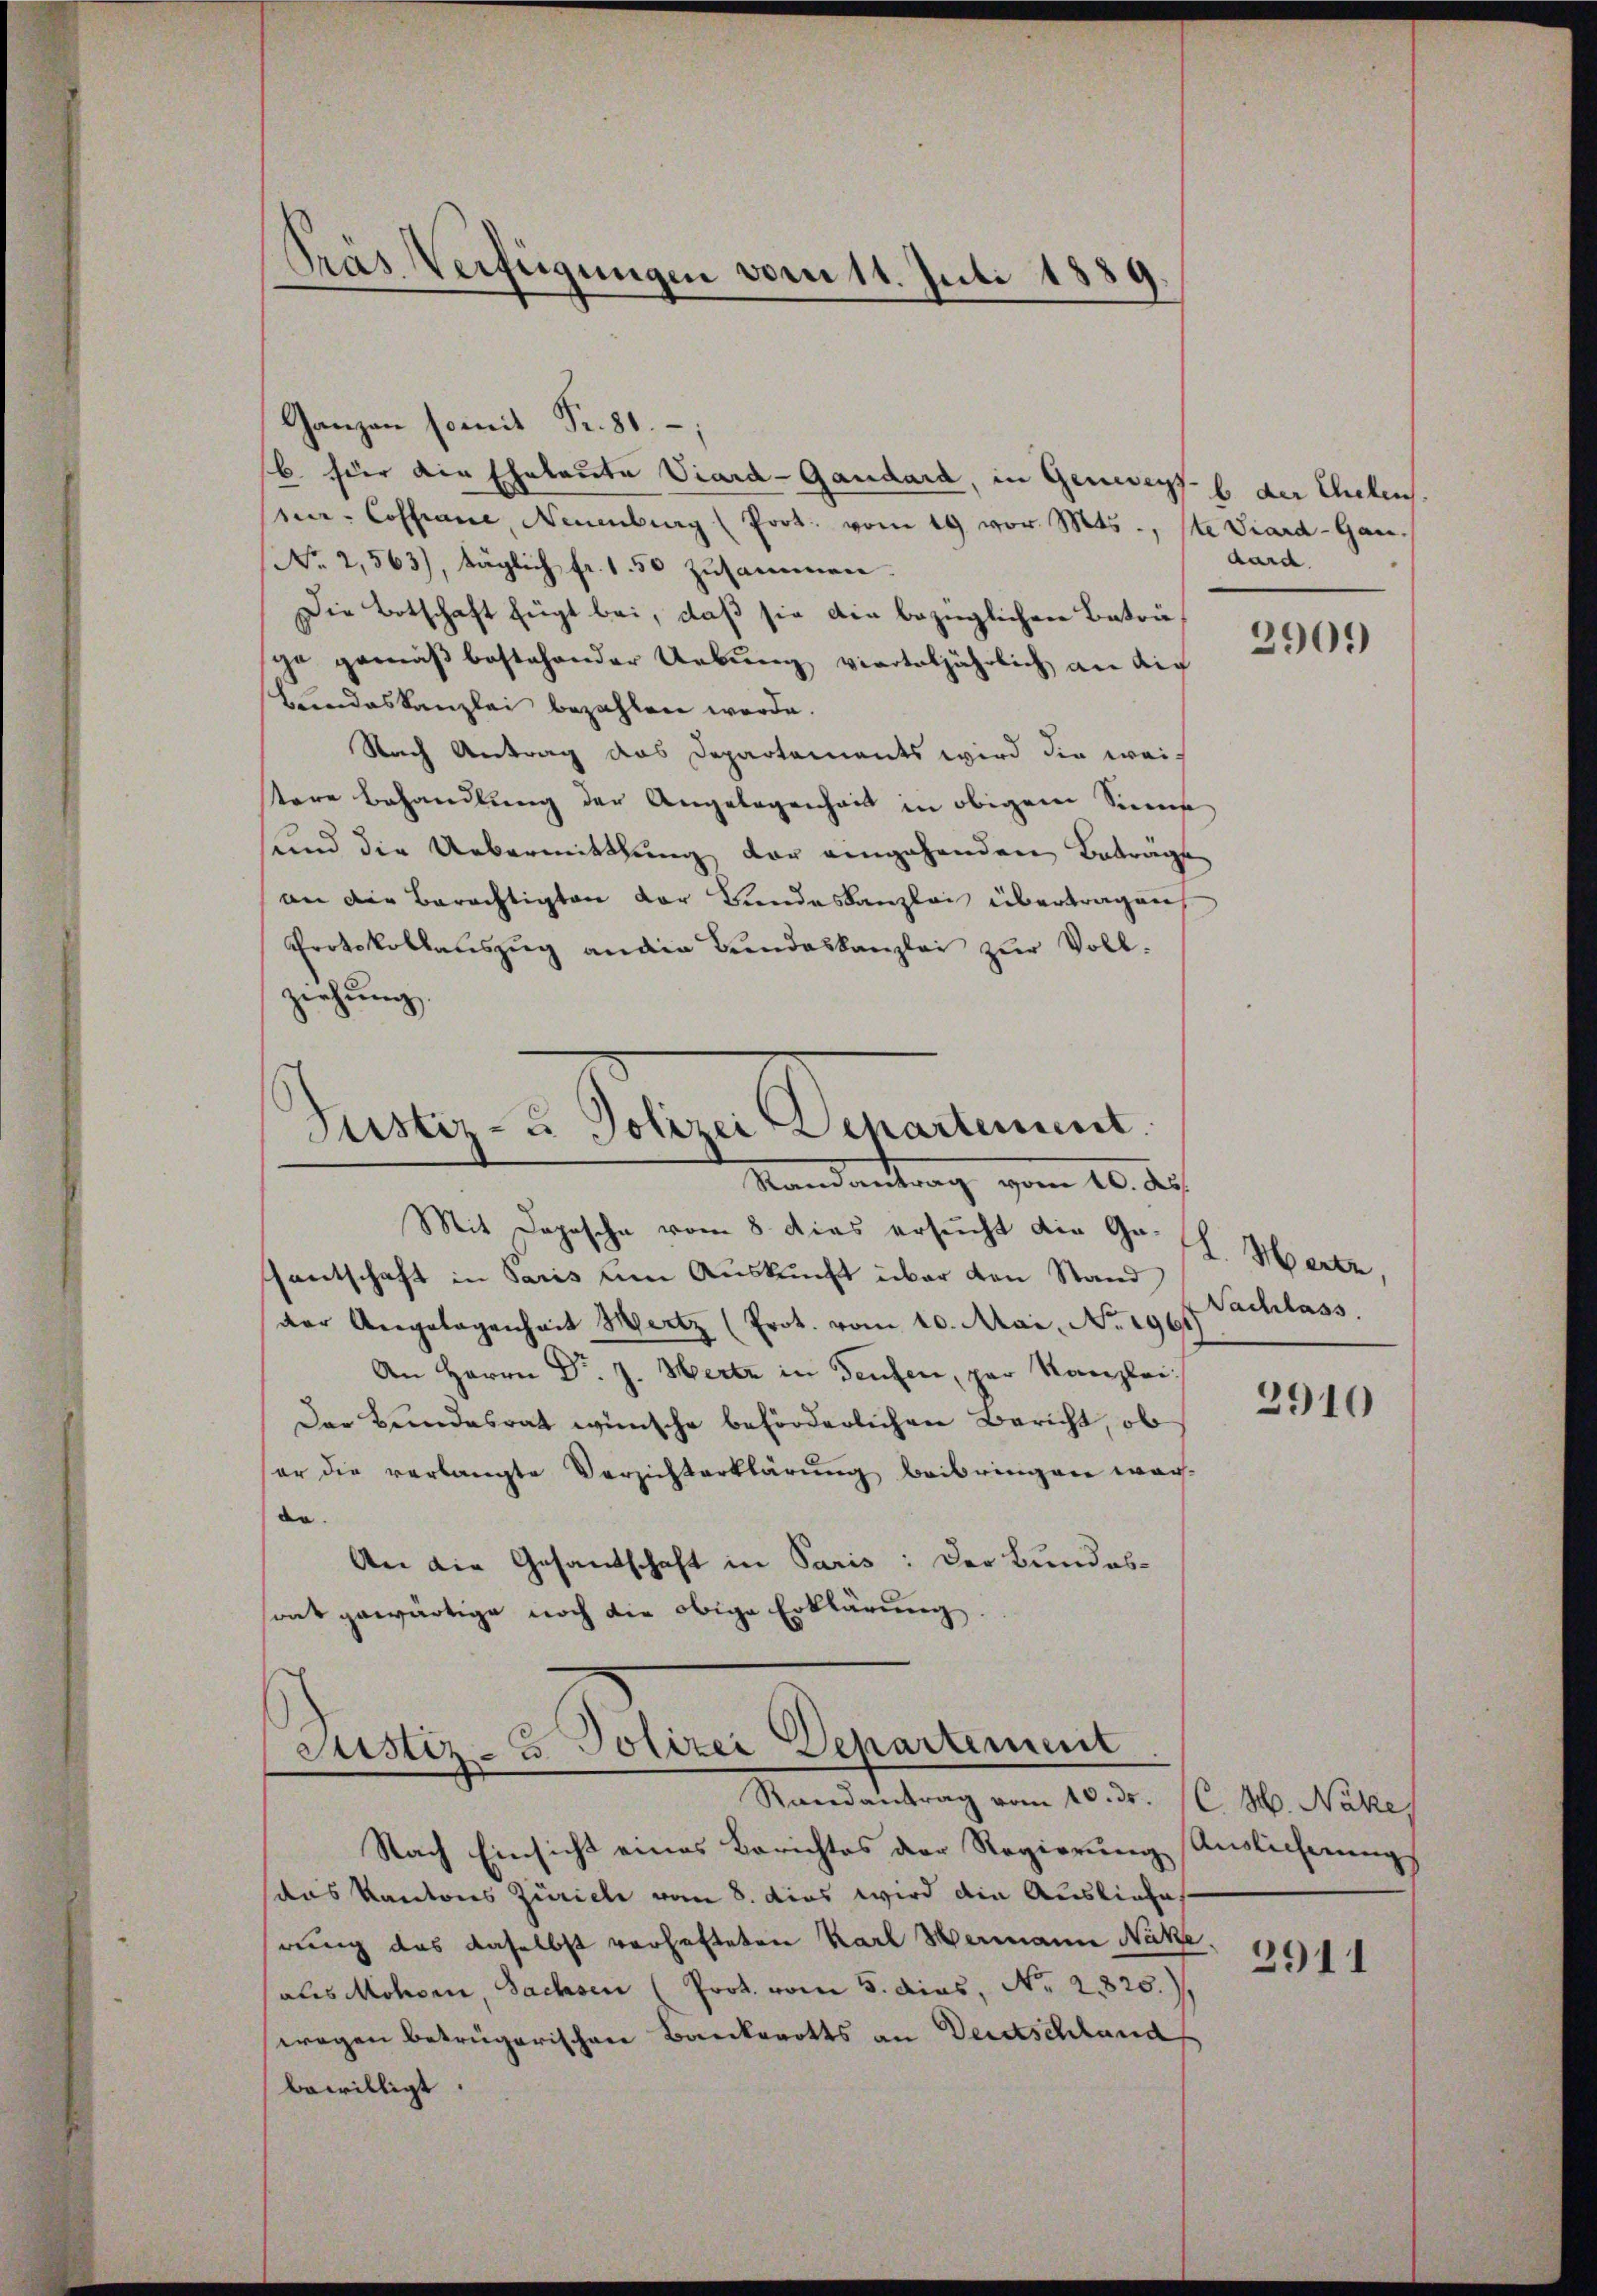
Präs Verfügungen vom 11. Juli 1889.

Ganzen somit Fr. 81.
6. für die Eheleute Viard-Gandard, in Generey h. der Ehelens.
ne- Cossiane, Neuenburg (Prot. vom 19 vor. Mts., ste Viard-Gan¬
No 2,563), täglich fr. 1.50 zusammen.
Die Botschaft fügt bei, daß sie die bezüglichen Beträge gemäß bestehender Uebung vierteljährlich an die
Bundeskanzlei bezahlen werde.
Nach Antrag das Departements wird die weis
tere Behandlung der Angelegenheit in obigem Sinne
und die Uebermittlung der eingehenden Beträge
an die Berechtigten der Bundeskanzlei übertragen,
Protokollauszug ander Bundeskanzlei zur Vollziehung.
—

Justiz- u Polizei Departement.
Mandantrag vom 10. Au

Justiz- & Polizei Departement
Randantrag vom 10. ds. (C. H. Näke,

dard

Mit Depesche vom 8. dies ersucht die Ge-
fantschaft in Paris um Auskunft über den Stand
der Angelegenheit Mertz (Prot. vom 10. Mai, No. 196
An Herrn Dr. J. Hertz in Teufen, par Kanzlei:
Der Bundesrat wünsche beförderlichen Bericht, ob
er die verlangte Verzichterklärŭng beibringen war-
de.
An die Gesandtschaft in Paris: Der Bundessrat gewärtige noch die obige Erklärung.

Nach Einsicht eines Berichtes der Regierung Auslicherungs
das Kantons Zürich vom 8. dies wird die Ausliefe
rung das daselbst verhafteten Karl Hermann Nakze
als Mohren, Sachsen (Prot. vom 5. dies, No. 2820.)
wegen betrügerischen Bankerotts an Deutschland
bewilligt.

2900

L. Mertz,
Nachlass.

2910

2911